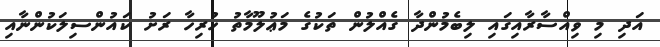
އަދި މި ވިއްސާރާއިގައި ލިބެމުންދާ ގެއްލުން ތަކުގެ މަޢުލޫމާތު ހުރިހާ ރަށު ކައުންސިލަކުންނާއި